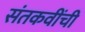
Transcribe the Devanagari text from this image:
संतकवींची